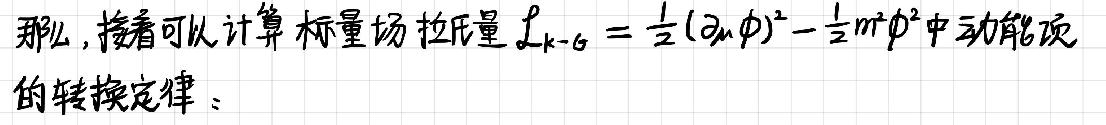
那么, 接着可以计算标量场拉氏量 $\mathcal{L}_{k - \varphi}=\frac{1}{2}(\partial_{\mu}\varphi)^{2}-\frac{1}{2}m^{2}\varphi^{2}$ 中动能项的转换定律：